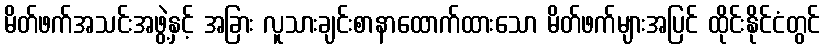
မိတ်ဖက်အသင်းအဖွဲ့နှင့် အခြား လူသားချင်းစာနာထောက်ထားသော မိတ်ဖက်များအပြင် ထိုင်းနိုင်ငံတွင်